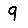
Digit: 9